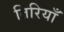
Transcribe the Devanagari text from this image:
तिरियाँ